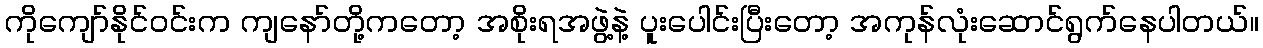
ကိုကျော်နိုင်ဝင်းက ကျနော်တို့ကတော့ အစိုးရအဖွဲ့နဲ့ ပူးပေါင်းပြီးတော့ အကုန်လုံးဆောင်ရွက်နေပါတယ်။